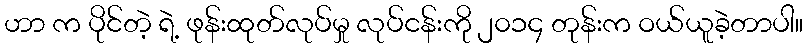
ဟာ က ပိုင်တဲ့ ရဲ့ ဖုန်းထုတ်လုပ်မှု လုပ်ငန်းကို ၂၀၁၄ တုန်းက ဝယ်ယူခဲ့တာပါ။